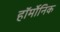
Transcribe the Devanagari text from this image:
हॉर्मोनिक